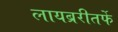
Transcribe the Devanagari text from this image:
लायब्ररीतर्फे